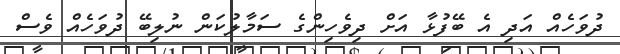
ދުވަހެއް އަދި އެ ބޭފުޅާ އަށް ދިވެހިންގެ ސަމާލުކަން ނުލިބޭ ދުވަހެއް ވެސް